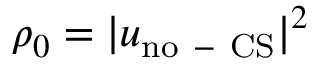
\rho _ { 0 } = | u _ { \mathrm { { n o \mathrm { ~ - ~ } C S } } } | ^ { 2 }